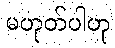
မဟုတ်ပါဟု